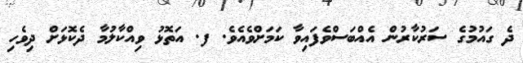
ދެ ގައުމުގެ ސަރުކާރުން އެއްބަސްވެފައިވާ ކަމަށްވެއެވެ. ފ. އަތޮޅު ވިއްކާލުމާ ދެކޮޅަށް ދިވެހި